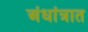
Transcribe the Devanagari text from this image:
अंधांत्रात